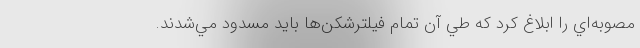
مصوبه‌اي را ابلاغ كرد كه طي آن تمام فيلترشكن‌ها بايد مسدود مي‌شدند.